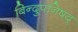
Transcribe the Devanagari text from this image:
बिन्दुपनिषद्